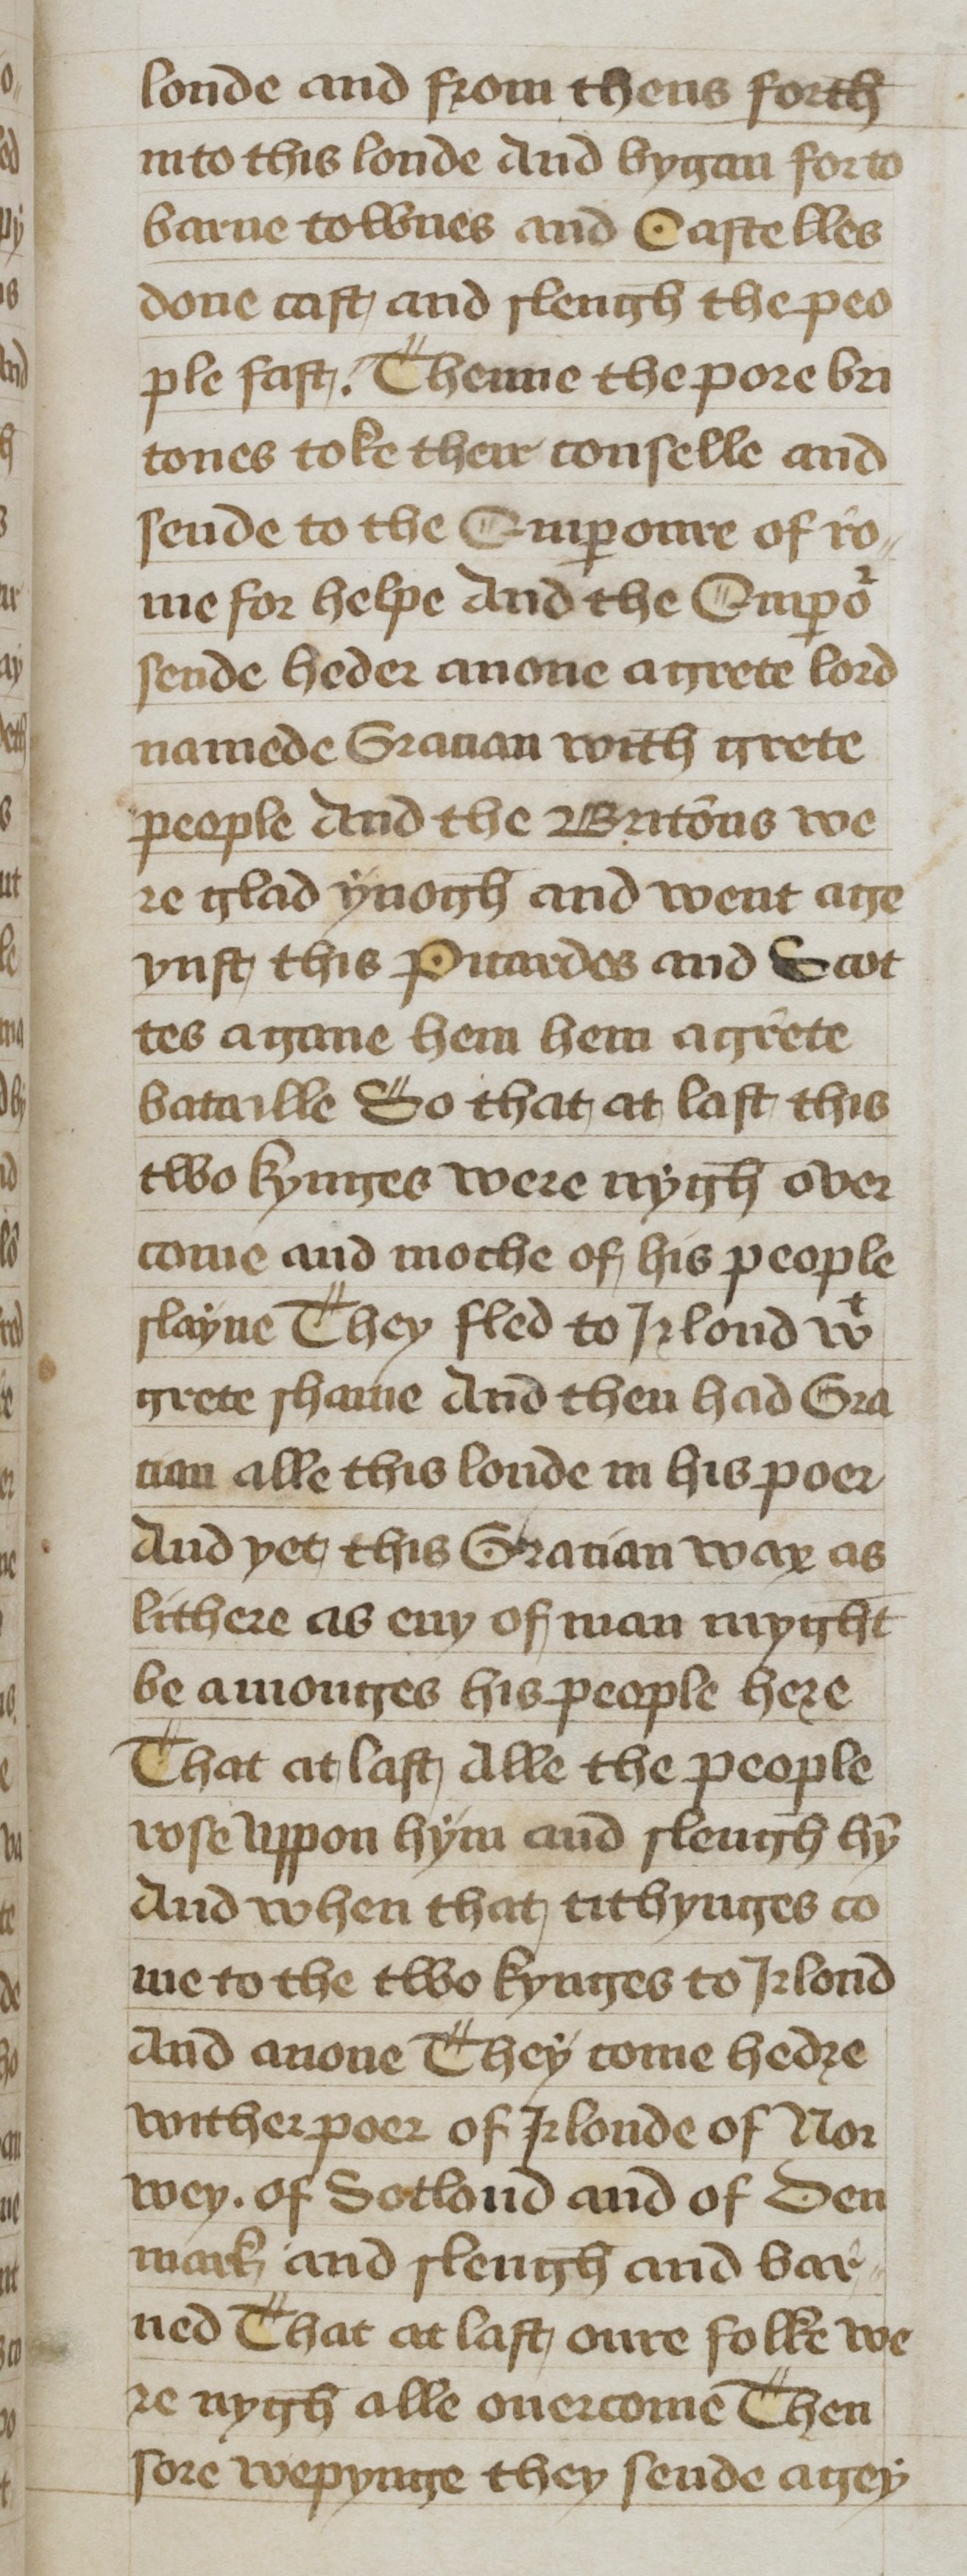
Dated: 1400–1499